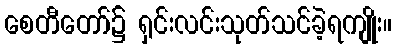
စေတီတော်၌ ရှင်းလင်းသုတ်သင်ခဲ့ရကျိုး။